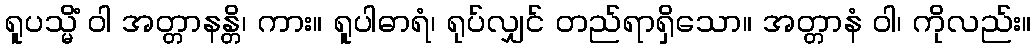
ရူပသ္မိံ ဝါ အတ္တာနန္တိ၊ ကား။ ရူပါဓာရံ၊ ရုပ်လျှင် တည်ရာရှိသော။ အတ္တာနံ ဝါ၊ ကိုလည်း။